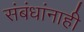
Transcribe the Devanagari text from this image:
संबंधांनाही